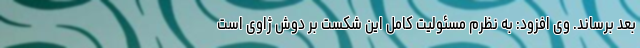
بعد برساند. وی افزود: به نظرم مسئولیت کامل این شکست بر دوش ژاوی است